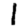
Digit: 1